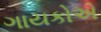
ગાયકોએ